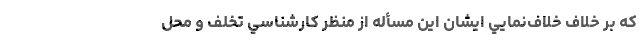
كه بر خلاف خلاف‌نمايي ايشان اين مسأله از منظر كارشناسي تخلف و محل